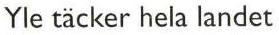
Yle täcker hela landet